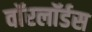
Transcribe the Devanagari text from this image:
वाॅरलाॅर्डस